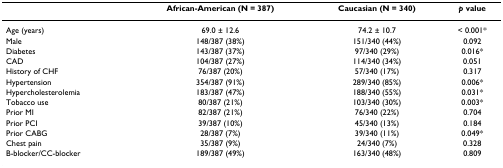
<table><thead><tr><td></td><td><b>African-American (N = 387)</b></td><td><b>Caucasian (N = 340)</b></td><td><b><i>p </i>value</b></td></tr></thead><tbody><tr><td>Age (years)</td><td>69.0 ± 12.6</td><td>74.2 ± 10.7</td><td>&lt; 0.001*</td></tr><tr><td>Male</td><td>148/387 (38%)</td><td>151/340 (44%)</td><td>0.092</td></tr><tr><td>Diabetes</td><td>143/387 (37%)</td><td>97/340 (29%)</td><td>0.016*</td></tr><tr><td>CAD</td><td>104/387 (27%)</td><td>114/340 (34%)</td><td>0.051</td></tr><tr><td>History of CHF</td><td>76/387 (20%)</td><td>57/340 (17%)</td><td>0.317</td></tr><tr><td>Hypertension</td><td>354/387 (91%)</td><td>289/340 (85%)</td><td>0.006*</td></tr><tr><td>Hypercholesterolemia</td><td>183/387 (47%)</td><td>188/340 (55%)</td><td>0.031*</td></tr><tr><td>Tobacco use</td><td>80/387 (21%)</td><td>103/340 (30%)</td><td>0.003*</td></tr><tr><td>Prior MI</td><td>82/387 (21%)</td><td>76/340 (22%)</td><td>0.704</td></tr><tr><td>Prior PCI</td><td>39/387 (10%)</td><td>45/340 (13%)</td><td>0.184</td></tr><tr><td>Prior CABG</td><td>28/387 (7%)</td><td>39/340 (11%)</td><td>0.049*</td></tr><tr><td>Chest pain</td><td>35/387 (9%)</td><td>24/340 (7%)</td><td>0.328</td></tr><tr><td>B-blocker/CC-blocker</td><td>189/387 (49%)</td><td>163/340 (48%)</td><td>0.809</td></tr></tbody></table>